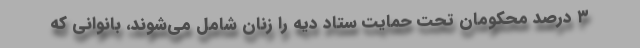
۳ درصد محکومان تحت حمایت ستاد دیه را زنان شامل می‌شوند، بانوانی که